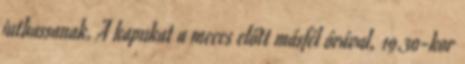
juthassanak. A kapukat a meccs előtt másfél órával, 19.30-kor